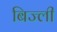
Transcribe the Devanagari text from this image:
बिज्ली